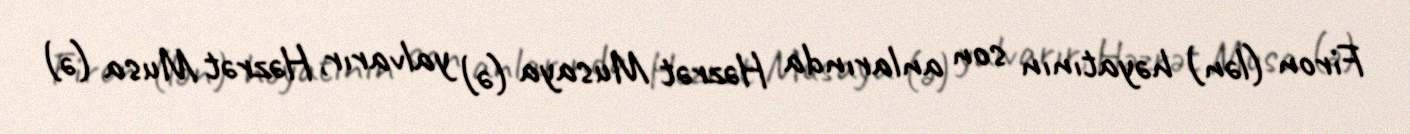
Firon (lən) həyatının son anlarında Həzrət Musaya (ə) yalvarır, Həzrət Musa (ə)